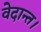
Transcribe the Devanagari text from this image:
वेदान्त।